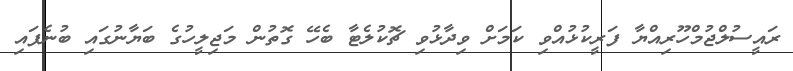
ރައީސުލްޖުމްހޫރިއްޔާ ފަރީކުޅުއްވި ކަމަށް ވިދާޅުވި ޗޮކުލެޓާ ބެހޭ ގޮތުން މަޖިލީހުގެ ބަޔާނުގައި ބުނެފައި